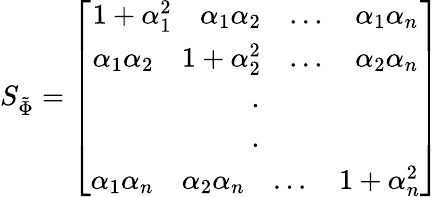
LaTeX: S_{\tilde{\Phi}}=\left[\begin{array}{ccc}{1+\alpha_{1}^{2}\quad\alpha_{1}\alpha_{2}\quad...\quad\alpha_{1}\alpha_{n}}\\ {\alpha_{1}\alpha_{2}\quad 1+\alpha_{2}^{2}\quad...\quad\alpha_{2}\alpha_{n}}\\ {.}\\ {.}\\ {\alpha_{1}\alpha_{n}\quad\alpha_{2}\alpha_{n}\quad...\quad 1+\alpha_{n}^{2}}\end{array}\right]